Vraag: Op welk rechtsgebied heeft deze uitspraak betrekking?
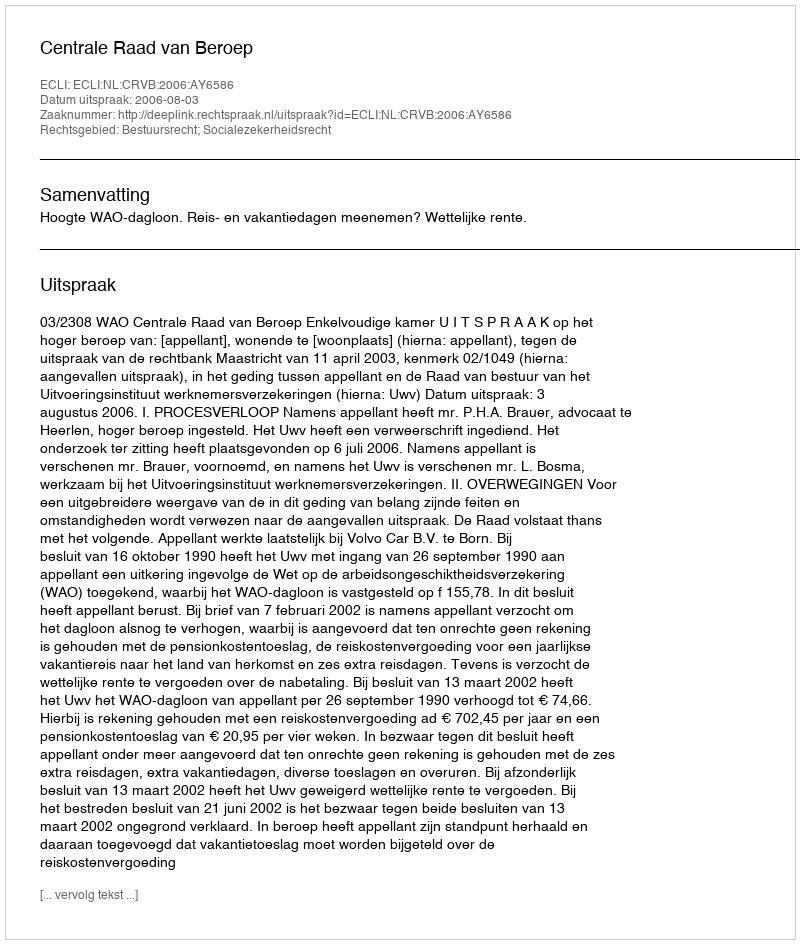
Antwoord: Bestuursrecht; Socialezekerheidsrecht